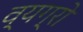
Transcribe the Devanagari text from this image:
व्यग्रो